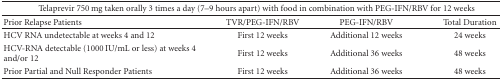
| <COLSPAN=4> Telaprevir 750 mg taken orally 3 times a day (7–9 hours apart) with food in combination with PEG-IFN/RBV for 12 weeks |
 | --- | --- | --- | --- |
 | Prior Relapse Patients | TVR/PEG-IFN/RBV | PEG-IFN/RBV | Total Duration |
 | HCV RNA undetectable at weeks 4 and 12 | First 12 weeks | Additional 12 weeks | 24 weeks |
 | HCV-RNA detectable (1000 IU/mL or less) at weeks 4 and/or 12 | First 12 weeks | Additional 36 weeks | 48 weeks |
 | Prior Partial and Null Responder Patients | First 12 weeks | Additional 36 weeks | 48 weeks |